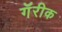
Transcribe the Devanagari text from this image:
गॅरीक